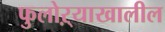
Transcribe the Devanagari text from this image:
फुलोऱ्याखालील